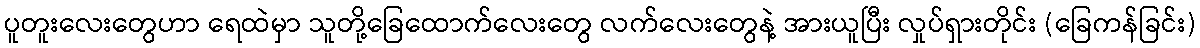
ပူတူးလေးတွေဟာ ရေထဲမှာ သူတို့ခြေထောက်လေးတွေ လက်လေးတွေနဲ့ အားယူပြီး လှုပ်ရှားတိုင်း (ခြေကန်ခြင်း)